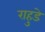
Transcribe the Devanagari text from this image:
राहुडे